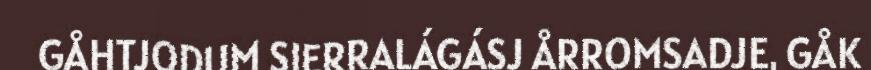
GÅHTJODUM SIERRALÁGÁSJ ÅRROMSADJE, GÅK